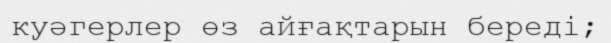
куәгерлер өз айғақтарын береді;